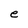
Character: e